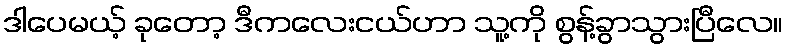
ဒါပေမယ့် ခုတော့ ဒီကလေးငယ်ဟာ သူ့ကို စွန့်ခွာသွားပြီလေ။